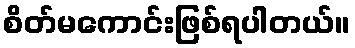
စိတ်မကောင်းဖြစ်ရပါတယ်။